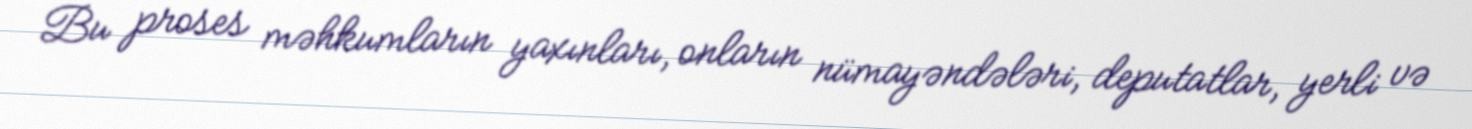
Bu proses məhkumların yaxınları, onların nümayəndələri, deputatlar, yerli və